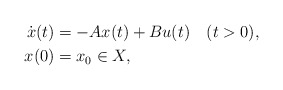
\begin{align*} \dot{x}(t) & = -Ax(t) + Bu(t) \quad(t>0),\\ x(0) & = x_0 \in X,\end{align*}